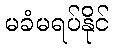
မခံမရပ်နိုင်